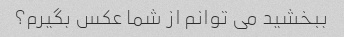
ببخشید می توانم از شما عکس بگیرم؟